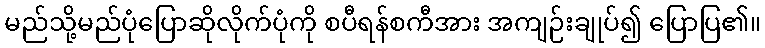
မည်သို့မည်ပုံပြောဆိုလိုက်ပုံကို စပီရန်စကီအား အကျဉ်းချုပ်၍ ပြောပြ၏။